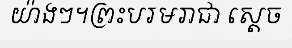
យ៉ាងៗ។ព្រះបរមរាជា ស្តេច